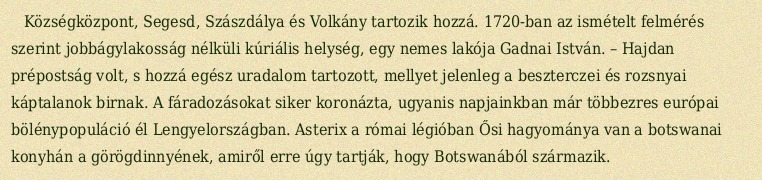
Községközpont, Segesd, Szászdálya és Volkány tartozik hozzá. 1720-ban az ismételt felmérés szerint jobbágylakosság nélküli kúriális helység, egy nemes lakója Gadnai István. – Hajdan prépostság volt, s hozzá egész uradalom tartozott, mellyet jelenleg a beszterczei és rozsnyai káptalanok birnak. A fáradozásokat siker koronázta, ugyanis napjainkban már többezres európai bölénypopuláció él Lengyelországban. Asterix a római légióban Ősi hagyománya van a botswanai konyhán a görögdinnyének, amiről erre úgy tartják, hogy Botswanából származik.